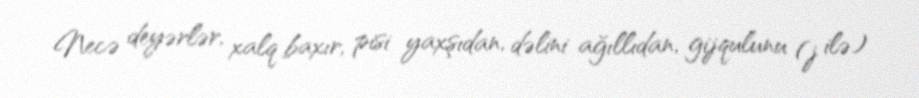
Necə deyərlər, xalq baxır, pisi yaxşıdan, dəlini ağıllıdan, gijqulunu (j ilə)